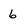
Character: 6